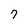
Character: 7